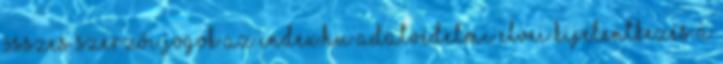
összes Szerzői jogok Az Index.hu adatvédelmi elvei Kijelentkezés A